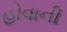
હોવાની